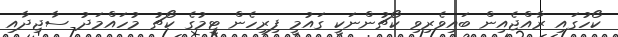
ކޯހުގައި ރާއްޖެއިން ބައިވެރިވި ކޯޗުންނަކީ ގައުމީ ފިރިހެން ޓީމުގެ ކޯޗު މުހައްމަދު ސާޖިދާއި